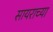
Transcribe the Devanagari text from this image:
सायराच्या